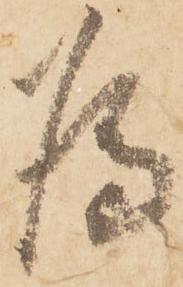
為